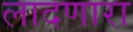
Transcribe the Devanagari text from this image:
लादणारा